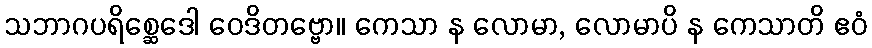
သဘာဂပရိစ္ဆေဒေါ ဝေဒိတဗ္ဗော။ ကေသာ န လောမာ, လောမာပိ န ကေသာတိ ဧဝံ